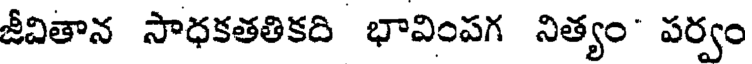
జీవితాన సాధకతతికది భావింపగ నిత్యం పర్వం